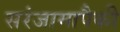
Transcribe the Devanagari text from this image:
सरंजामापैकी